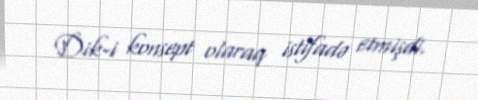
Dik-i konsept olaraq istifadə etmişdi.